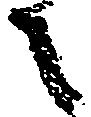
之